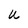
Character: U